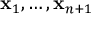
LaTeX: \mathbf { x } _ { 1 } , \ldots , \mathbf { x } _ { n + 1 }